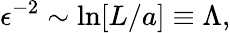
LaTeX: \epsilon^{-2}\sim\ln[L/a]\equiv\Lambda,